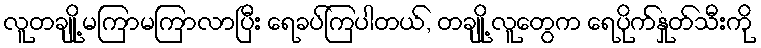
လူတချို့ မကြာမကြာလာပြီး ရေခပ်ကြပါတယ်, တချို့ လူတွေက ရေပိုက်နှုတ်သီးကို